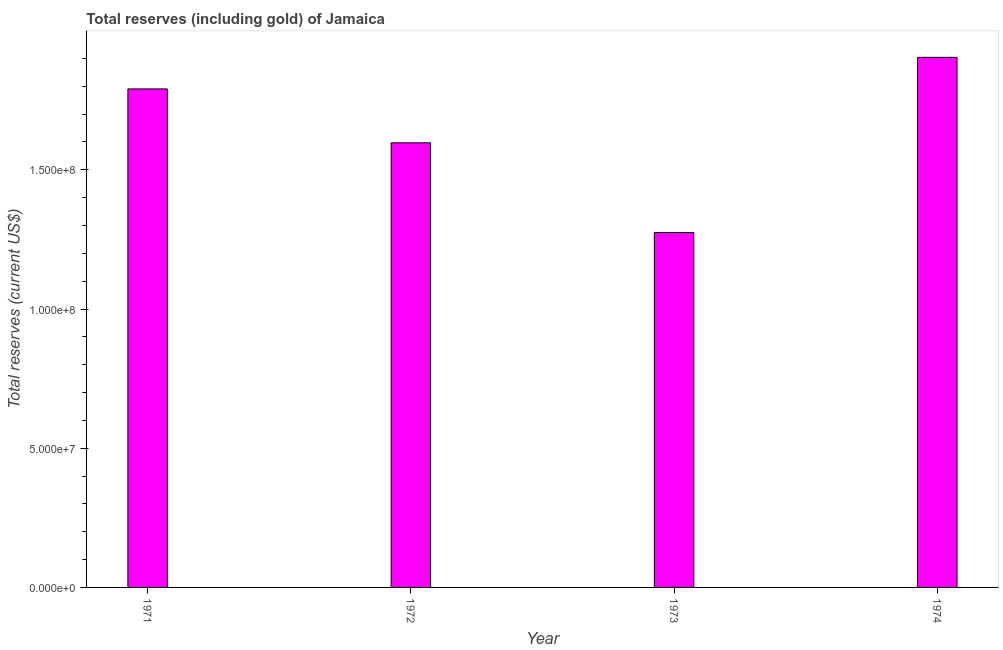
| Year | Total reserves (includes gold |
 | --- | --- |
 | 1971 | 1.79e+08 |
 | 1972 | 1.6e+08 |
 | 1973 | 1.27e+08 |
 | 1974 | 1.9e+08 |